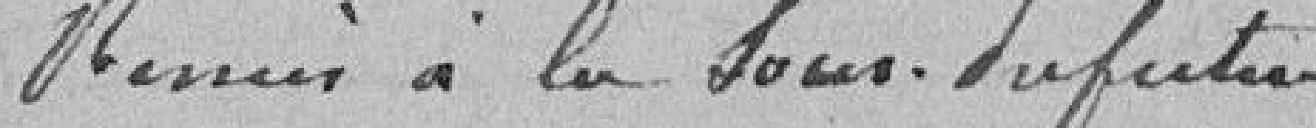
Remis à la sous-